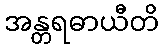
အန္တရဓာယီတိ